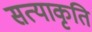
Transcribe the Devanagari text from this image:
सत्याकृति